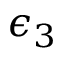
\epsilon _ { 3 }